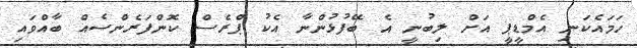
ހަމައެކަނި އެމްޑީޕީ އަށް ލިބުނީ އެ ބޭފުޅުންނާ އެކު ޕްރެސް ކޮންފަރެންސެއް ބާއްވައި